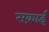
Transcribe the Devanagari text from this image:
सक़ाई